Annual report of the Imperial Bacteriological Laboratory, Muktesar
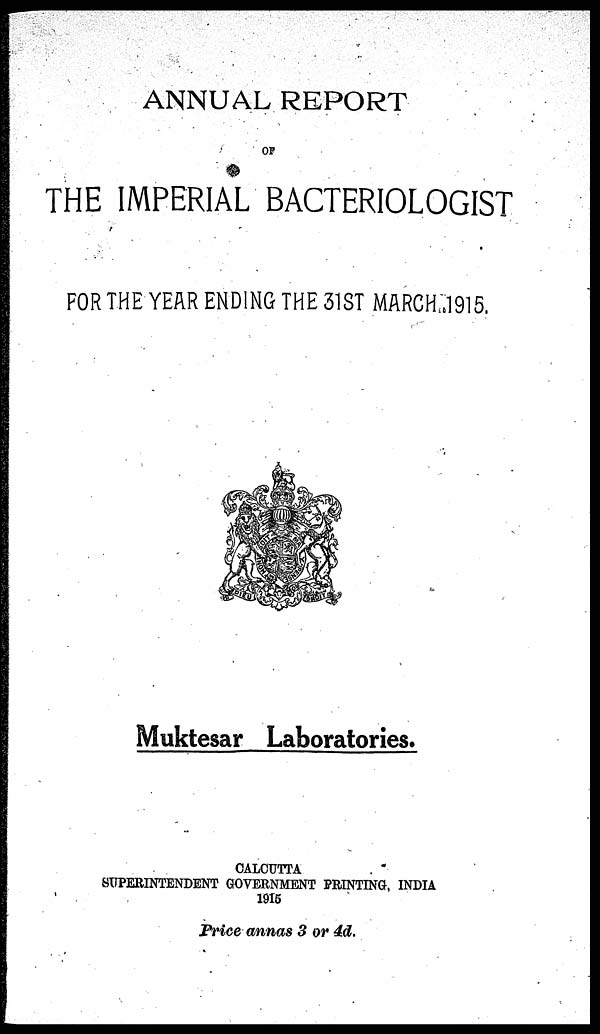
ANNUAL REPORT
THE IMPERIAL BACTERIOLOGIST
FOR THE YEAR ENDING THE 31ST MARCH 1915.
Muktesar Laboratories.
CALCUTTA
SUPERINTENDENT GOVERNMENT PRINTING, INDIA
1915
Price annas 3 or 4d.